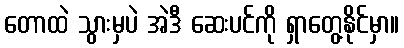
တောထဲ သွားမှပဲ အဲဒီ ဆေးပင်ကို ရှာတွေ့နိုင်မှာ။